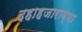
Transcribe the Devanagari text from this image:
दहाहजाराव्या